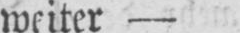
weiter -